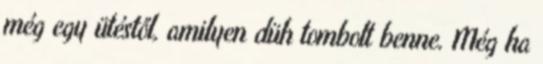
még egy ütéstől, amilyen düh tombolt benne. Még ha